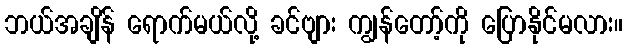
ဘယ်အချိန် ရောက်မယ်လို့ ခင်ဗျား ကျွန်တော့်ကို ပြောနိုင်မလား။